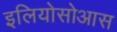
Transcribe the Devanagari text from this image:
इलियोसोआस